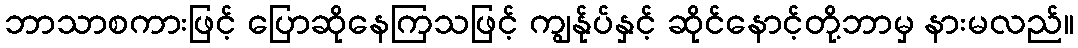
ဘာသာစကားဖြင့် ပြောဆိုနေကြသဖြင့် ကျွန်ုပ်နှင့် ဆိုင်နောင့်တို့ဘာမှ နားမလည်။